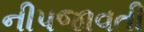
નીપજાવતી